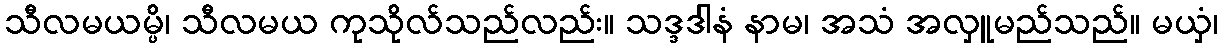
သီလမယမ္ပိ၊ သီလမယ ကုသိုလ်သည်လည်း။ သဒ္ဒဒါနံ နာမ၊ အသံ အလှူမည်သည်။ မယှံ၊